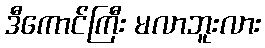
ဒီကောင်ကြီး မလာဘူးလား